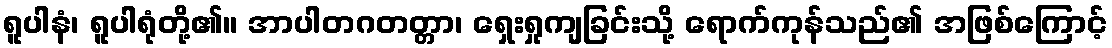
ရူပါနံ၊ ရူပါရုံတို့၏။ အာပါတဂတတ္တာ၊ ရှေးရှုကျခြင်းသို့ ရောက်ကုန်သည်၏ အဖြစ်ကြောင့်